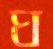
ঘ